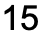
15